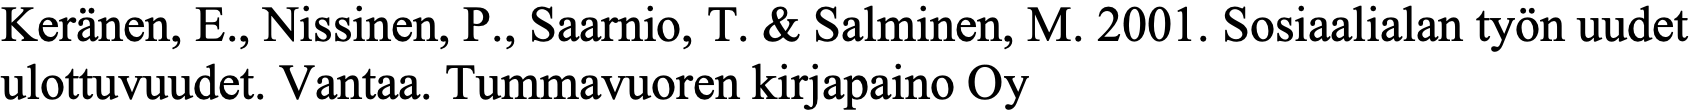
Keränen, E., Nissinen, P., Saarnio, T. & Salminen, M. 2001. Sosiaalialan työn uudet ulottuvuudet. Vantaa. Tummavuoren kirjapaino Oy